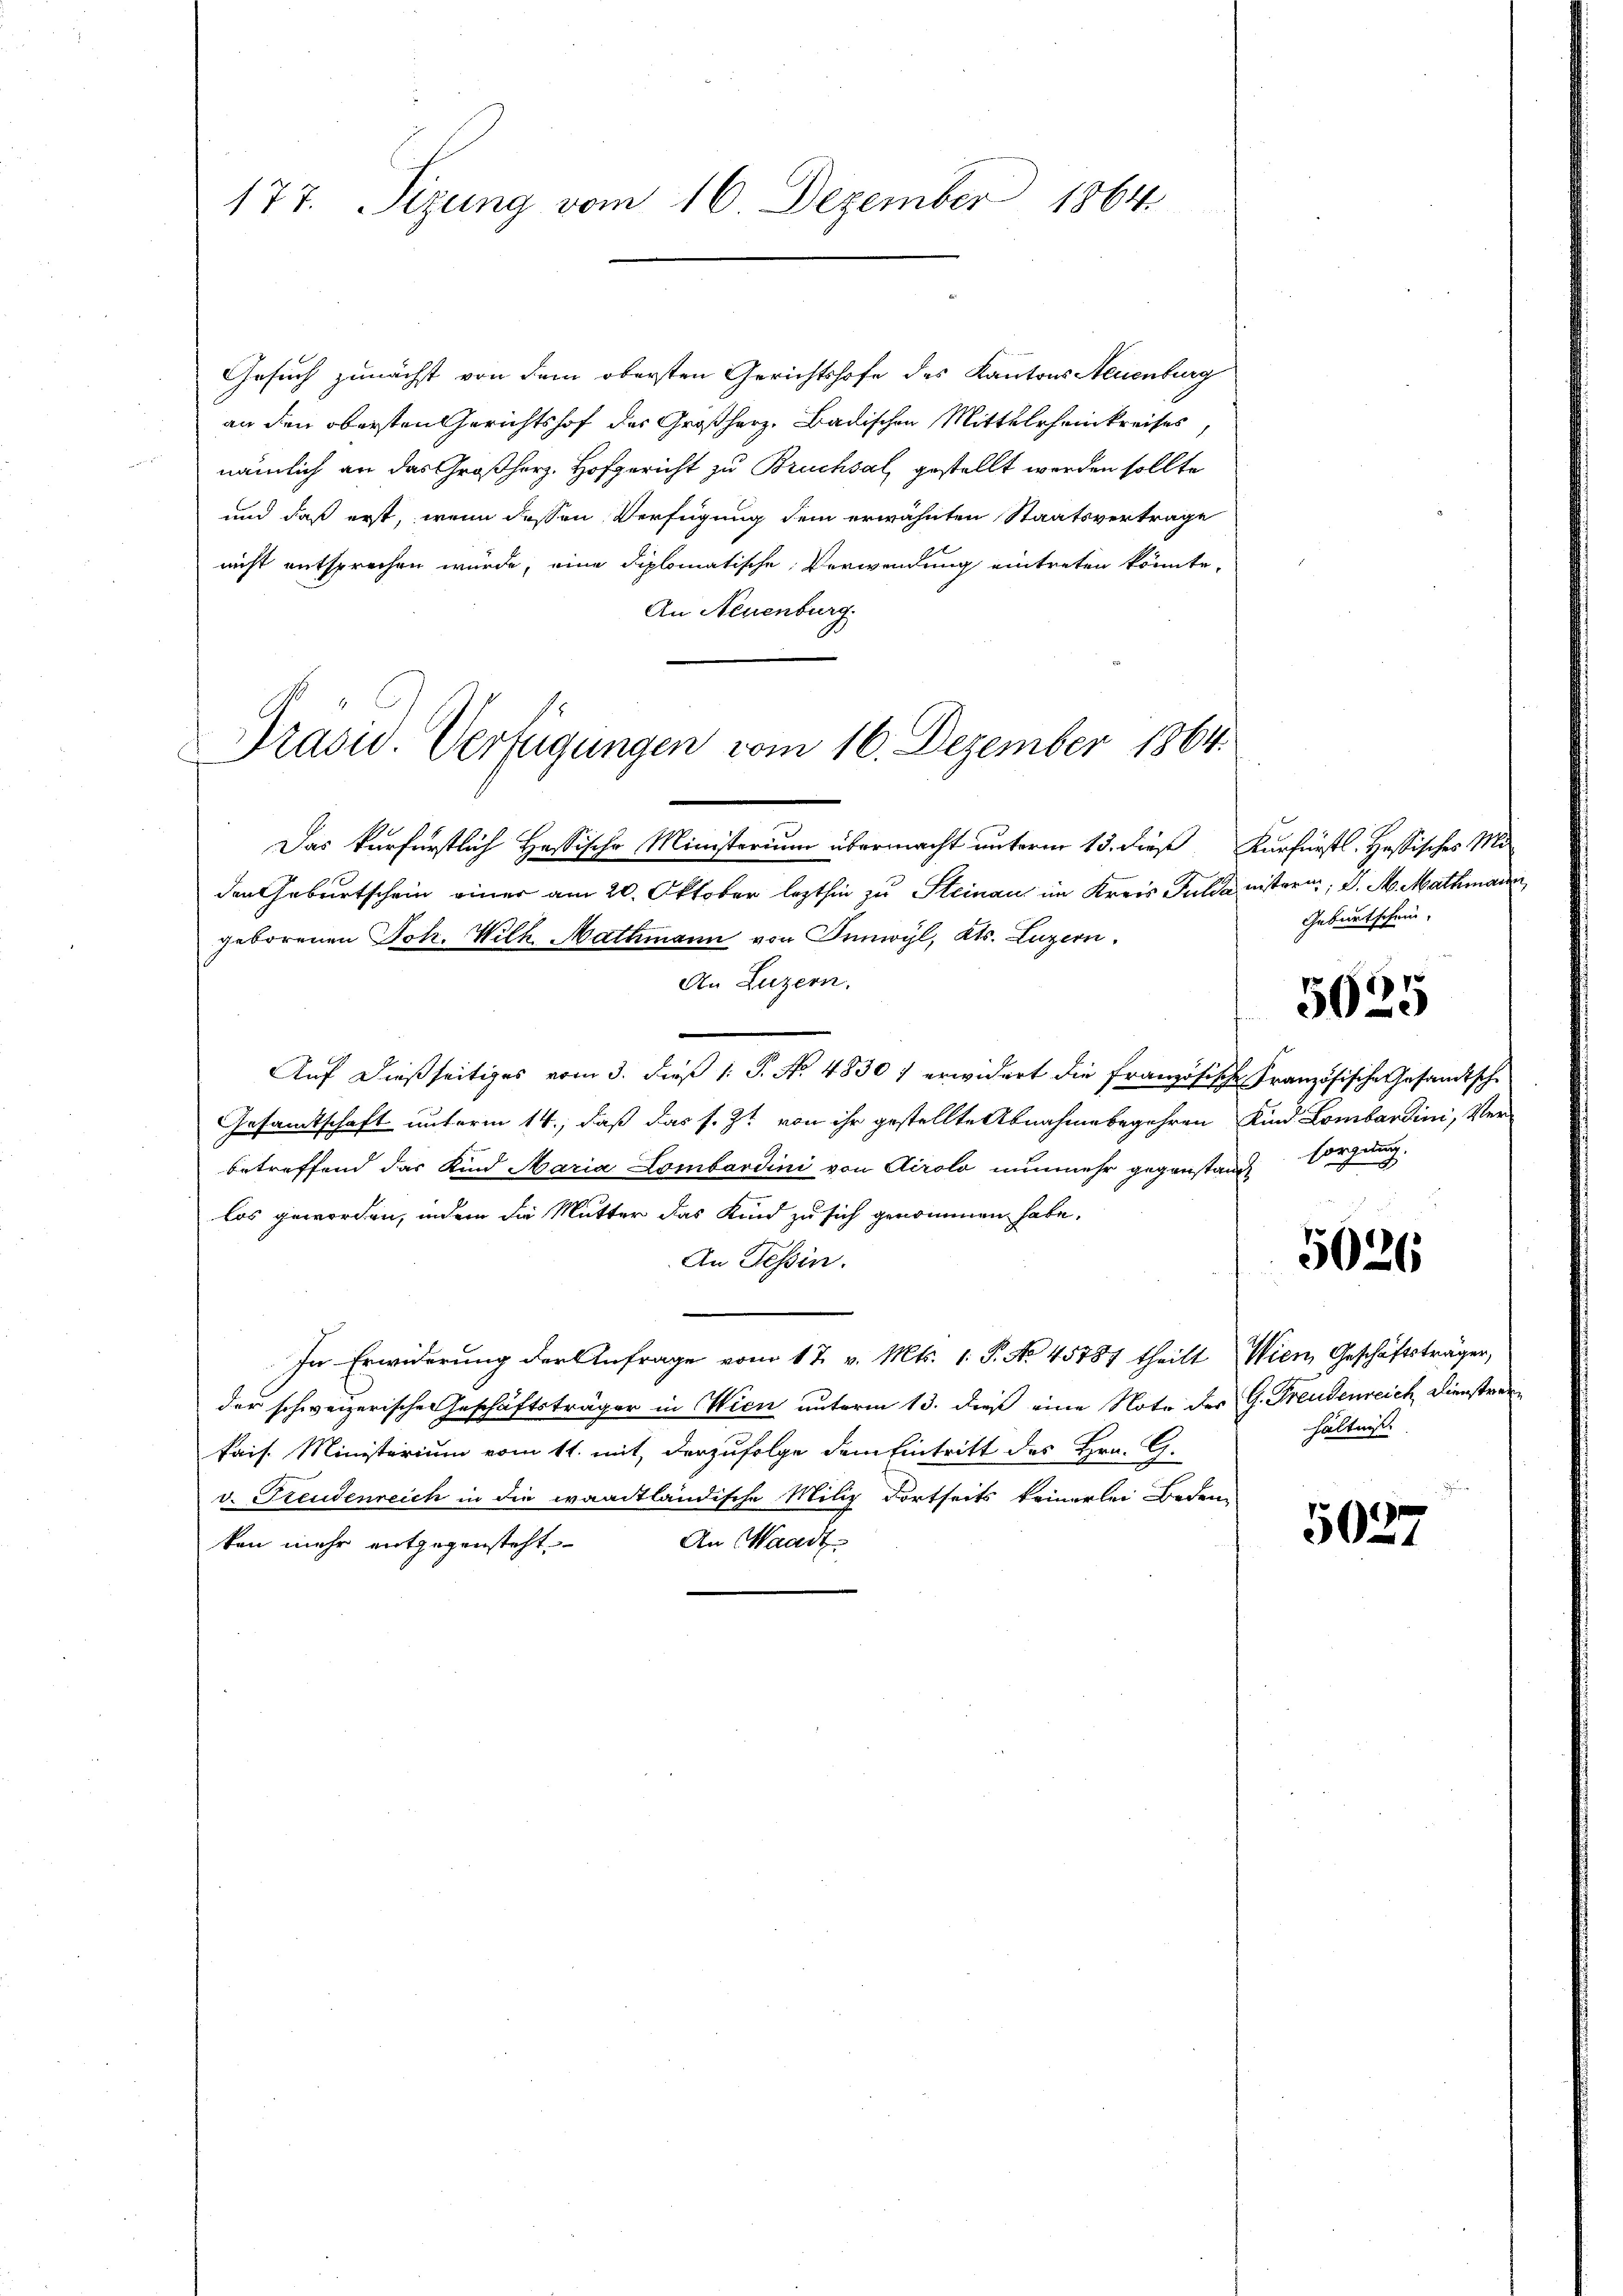
177. Sizung vom 16. Dezember 1864.

Gesuch zunächst von dem obersten Gerichtshofe des Kantons Neuenburg
an den obersten Gerichtshof des Großherz, Badischen Mittelheinkreises,
nämlich an das Großherz, Hofgericht zu Bruchsal, gestellt worden sollte
und daß erst, wenn dessen Verfügung dem erwähnten Staatsvertrage
nicht entsprechen würde, eine diplomatische Verwendung eintreten könnte,
An Neuenburg.

Präsid. Verfügungen vom 16. Dezember 1864.

Das kurfürstlich Hassische Ministerium übermacht unterm 13. dieß Kurfürstl. Hassisches Mi
den Geburtschein einer am 20. Oktober lezthin zu Steinau im Kreis Fulda instern; P. M. Mathmann
geborenen Joh. Wilh. Nathmann von Innwyl, Kts. Luzern,
An Luzern.
Auf dießseitiges vom 3. dieß 1 S. No. 4830) erwidert die französische Französische Gesandtsche
Gesamtschaft unterm 14., daß das s. Zt. von ihr gestellte Abnahme begehren Kind Lombardini, Ver-
betreffend das Kind Maria Lombardini von Airolo nunmehr gegenstand sorgung
los geworden, indem die Mutter das Kind zu sich genommen habe.
An Tessin.
In Erwiderung der Anfrage vom 17. v. Mts. 1. P. No 45787 theilt Wien, Geschäftsträger,
der schweizerische Geschäftsträger in Wien unterm 13. dieß eine Note des G. Freudenreich Dienstrenkais. Ministerium vom 11. mit derzufolge dem Eintritt des Hrn. G.
v. Freudenreich in die waadtländische Miliz dortseits keinerlei Bedeu-
An Waadt
ken mehr entgegensteht

Geburtschein.

5025

5026

hältniss

5027